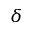
\delta